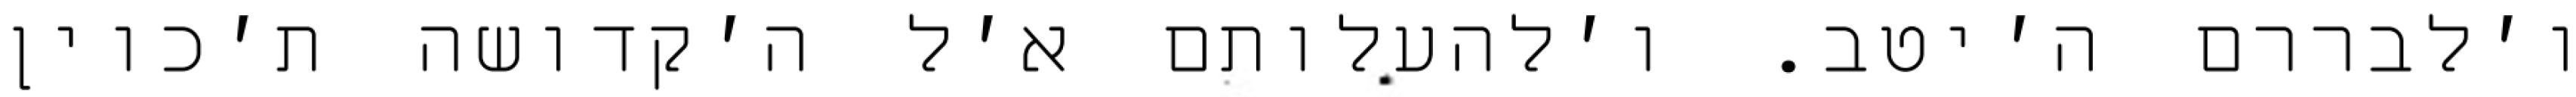
ו׳לבררם ה׳יטב. ו׳להעלותם א׳ל ה׳קדושה ת׳כוין